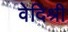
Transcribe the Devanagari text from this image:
वेदिश्री